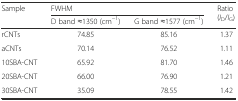
| <ROWSPAN=2> Sample | <COLSPAN=2> FWHM | <ROWSPAN=2> Ratio (ID/IG) |
 | D band ≈1350 (cm−1) | G band ≈1577 (cm−1) |
 | --- | --- | --- | --- |
 | rCNTs | 74.85 | 85.16 | 1.37 |
 | aCNTs | 70.14 | 76.52 | 1.11 |
 | 10SBA-CNT | 65.92 | 81.70 | 1.46 |
 | 20SBA-CNT | 66.00 | 76.90 | 1.21 |
 | 30SBA-CNT | 35.09 | 78.55 | 1.42 |